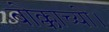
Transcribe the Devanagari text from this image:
बोक्काच्यो।